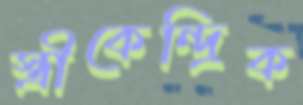
স্ত্রীকেন্দ্রিক